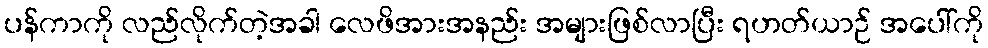
ပန်ကာကို လည်လိုက်တဲ့အခါ လေဖိအားအနည်း အများဖြစ်လာပြီး ရဟတ်ယာဉ် အပေါ်ကို